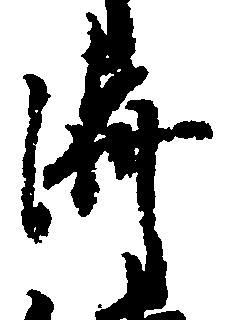
済